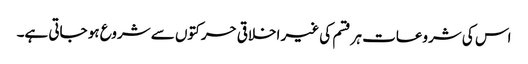
اس کی شروعات ہر قسم کی غیر اخلاقی حرکتوں سے شروع ہو جاتی ہے۔